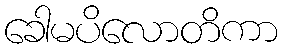
ခေါမပိလောတိကာ